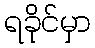
ရခိုင်မှာ